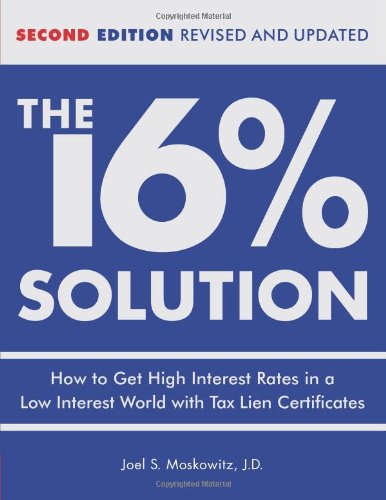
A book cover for The 16% Solution: How to Get High Interest Rates in a Low-Interest World with Tax Lien Certificates, Revised Edition; J.D. Joel S. Moskowitz; Business & Money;